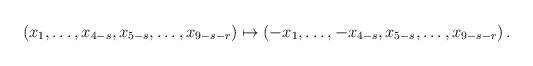
LaTeX: \begin{align*}(x_1, \dots, x_{4-s}, x_{5-s}, \dots, x_{9-s-r}) \mapsto (-x_1, \dots, -x_{4-s}, x_{5-s}, \dots, x_{9-s-r})\,.\end{align*}